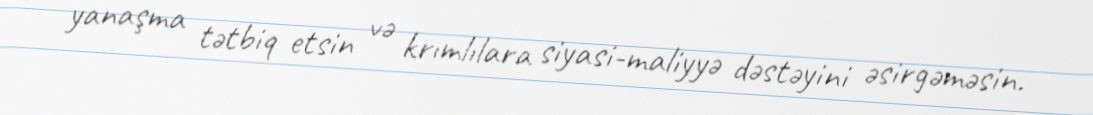
yanaşma tətbiq etsin və krımlılara siyasi-maliyyə dəstəyini əsirgəməsin.